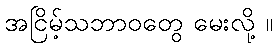
အငြိမ့်သဘာဝတွေ မေးလို့ ။